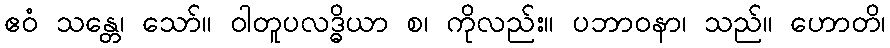
ဧဝံ သန္တေ၊ သော်။ ဝါတူပလဒ္ဓိယာ စ၊ ကိုလည်း။ ပဘာဝနာ၊ သည်။ ဟောတိ၊